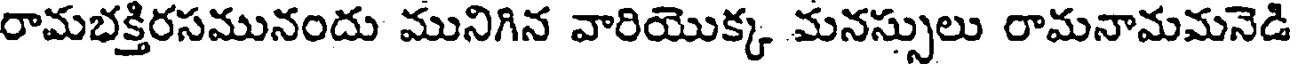
రామభక్తిరసమునందు మునిగిన వారియొక్క మనస్సులు రామనామమనెడి